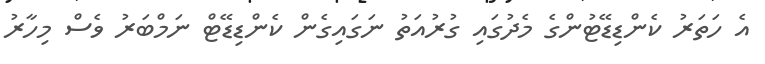
އެ ހަތަރު ކެންޑިޑޭޓުންގެ މެދުގައި ގުރުއަތު ނަގައިގެން ކެންޑިޑޭޓް ނަމްބަރު ވެސް މިހާރު